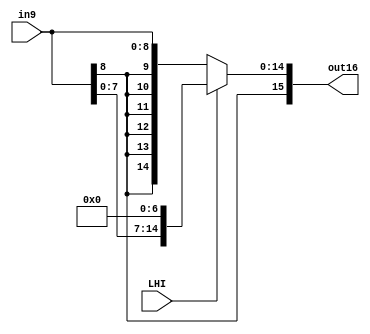
module sign_9_16 (LHI,in9,out16);
	input LHI;
	input [8:0] in9;
	output reg [15:0] out16;
	wire [6:0]tmp_n;
	wire [6:0]tmp_L;
	
	always @(in9,LHI)
		begin
		if(LHI==1'b0)	out16 <= { {7{in9[8]}} , in9 };
		else			out16 <= { in9 , {7{1'b0}} };
		end
endmodule